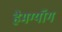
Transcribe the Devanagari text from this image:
हैमग्यॉंग